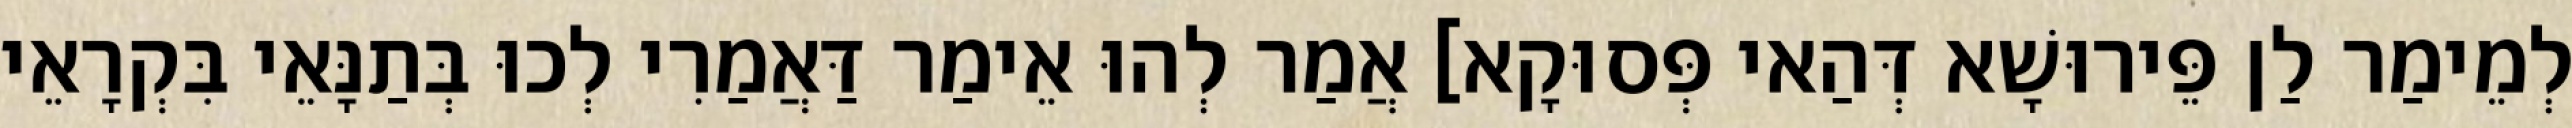
לְמֵימַר לַן פֵּירוּשָׁא דְּהַאי פְּסוּקָא] אֲמַר לְהוּ אֵימַר דַּאֲמַרִי לְכוּ בְּתַנָּאֵי בִּקְרָאֵי